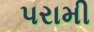
પરામી